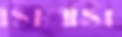
সিএসি